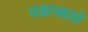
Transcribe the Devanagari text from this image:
उड़ानवाले